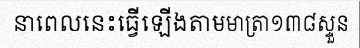
នាពេលនេះធ្វើឡើងតាមមាត្រា១៣៨ស្ទួន